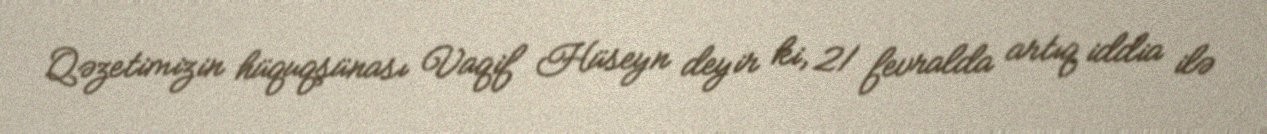
Qəzetimizin hüquqşünası Vaqif Hüseyn deyir ki, 21 fevralda artıq iddia ilə